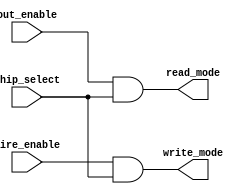
// Verilog code for decision of read-write operation
module read_write_decision(write_mode, read_mode, out_enable, chip_select, wire_enable);
	// inputs and outputs ports declaration
	input out_enable, chip_select, wire_enable;
	output write_mode, read_mode;
	// code start
	assign read_mode = out_enable & chip_select;
	assign write_mode = wire_enable & chip_select;
endmodule // end module of read write decision